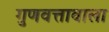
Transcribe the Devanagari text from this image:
गुणवत्तावाला